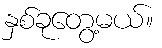
နှစ်ခုတွေ့မယ်။